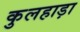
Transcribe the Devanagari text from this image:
कुलहाड़ा